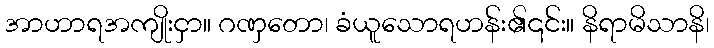
အာဟာရအကျိုးငှာ။ ဂဏှတော၊ ခံယူသောရဟန်း၏၎င်း။ နိရာမိသာနိ၊